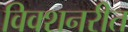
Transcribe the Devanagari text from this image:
विक्शनरीत